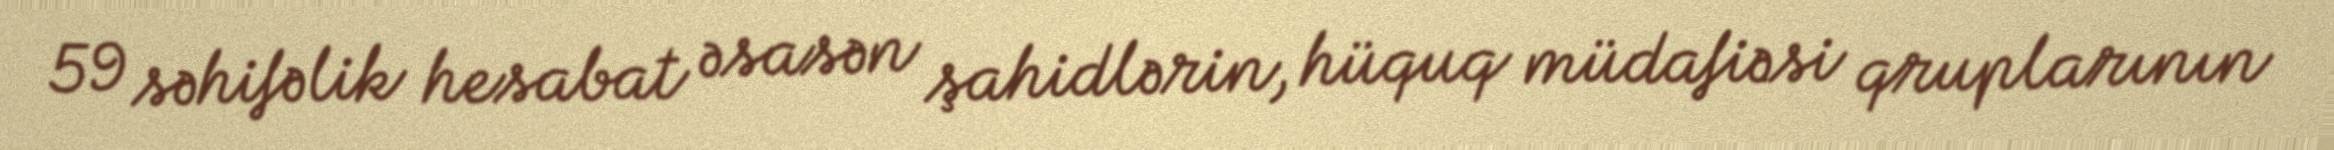
59 səhifəlik hesabat əsasən şahidlərin, hüquq müdafiəsi qruplarının